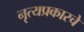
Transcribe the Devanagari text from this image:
नृत्यप्रकारचे